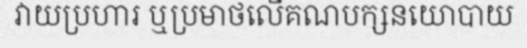
វាយប្រហារ ឬប្រមាថលើគណបក្សនយោបាយ